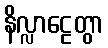
နိလ္လာဠေတွာ